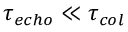
\tau _ { e c h o } \ll \tau _ { c o l }